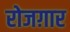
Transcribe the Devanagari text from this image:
रोजग़ार